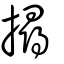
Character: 撏